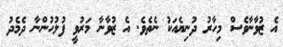
އެ ޒުވާނާވެސް މިހާރު ދުނިޔެއަކު ނެތެވެ. އެ ޒުވާނާ މަރުވީ ފުލުހުންނާ ދެމެދު